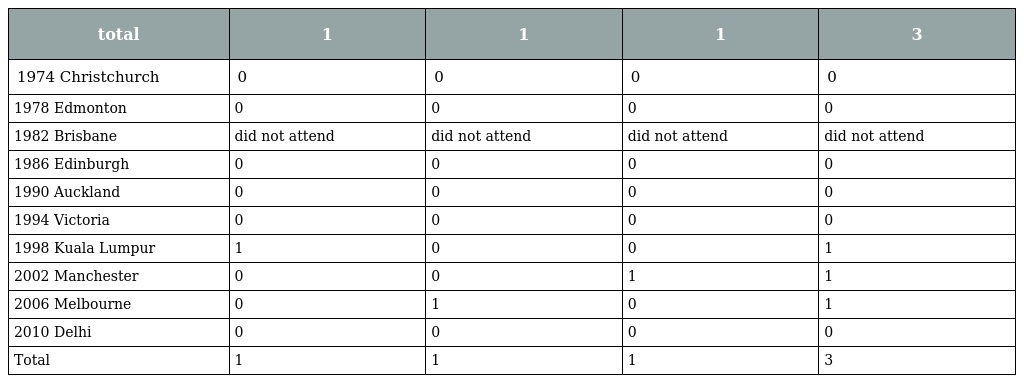
| total | 1 | 1 | 1 | 3 |
 | --- | --- | --- | --- | --- |
 | 1974 Christchurch | 0 | 0 | 0 | 0 |
 | 1978 Edmonton | 0 | 0 | 0 | 0 |
 | 1982 Brisbane | did not attend | did not attend | did not attend | did not attend |
 | 1986 Edinburgh | 0 | 0 | 0 | 0 |
 | 1990 Auckland | 0 | 0 | 0 | 0 |
 | 1994 Victoria | 0 | 0 | 0 | 0 |
 | 1998 Kuala Lumpur | 1 | 0 | 0 | 1 |
 | 2002 Manchester | 0 | 0 | 1 | 1 |
 | 2006 Melbourne | 0 | 1 | 0 | 1 |
 | 2010 Delhi | 0 | 0 | 0 | 0 |
 | Total | 1 | 1 | 1 | 3 |